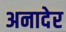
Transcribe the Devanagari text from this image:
अनादेर